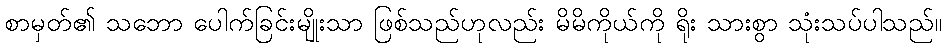
စာမှတ်၏ သဘော ပေါက်ခြင်းမျိုးသာ ဖြစ်သည်ဟုလည်း မိမိကိုယ်ကို ရိုး သားစွာ သုံးသပ်ပါသည်။